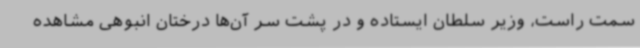
سمت راست، وزیر سلطان ایستاده و در پشت سر آن‌ها درختان انبوهی مشاهده